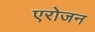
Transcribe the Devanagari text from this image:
एरोजन